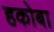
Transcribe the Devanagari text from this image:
हकोबा